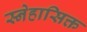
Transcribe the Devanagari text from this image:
स्नेहासिक्त